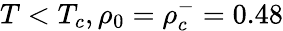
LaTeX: T<T_{c},\rho_{0}=\rho_{c}^{-}=0.48